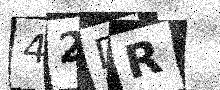
Text: 42DR